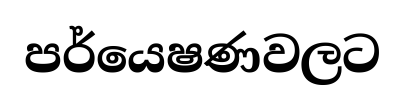
පර්යෙෂණවලට